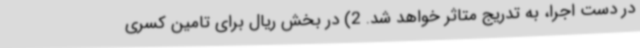
در دست اجرا، به تدریج متاثر خواهد شد. 2) در بخش ریال برای تامین کسری